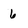
Character: 6